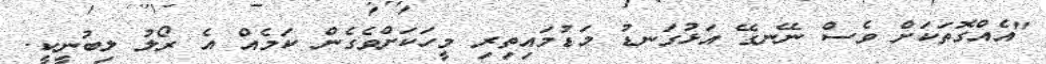
"އެއްގޮތަކަށް ވެސް ނޭނގޭ އަޅުގަނޑު މަޑުމައިތިރި މީހަކަށްވެގެން ކަމެއް އެ ރޯލު ލިބުނީކީ.